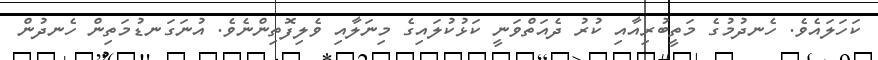
ކަހަލައެވެ. ހެނދުމުގެ މަތީބުރިއާއި ކުރު ދެއަތްވަނީ ކަޅުކުލައިގެ މިނަލާއި ވެލިފޮތިންނެވެ. އުނަގަނޑުމަތިން ހެނދުން